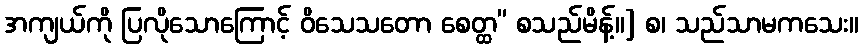
အကျယ်ကို ပြလိုသောကြောင့် ဝိသေသတော စေတ္ထ” စသည်မိန့်။] စ၊ သည်သာမကသေး။